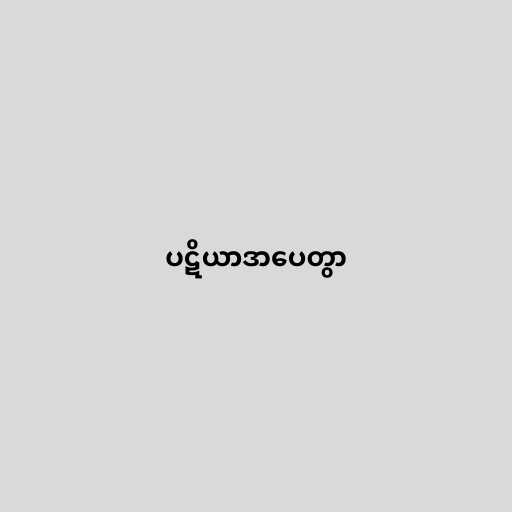
ပဋိယာဒာပေတွာ